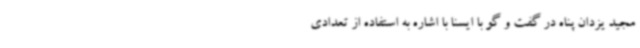
مجید یزدان پناه در گفت و گو با ایسنا با اشاره به استفاده از تعدادی